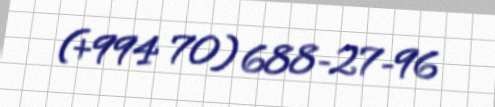
(+994 70) 688-27-96